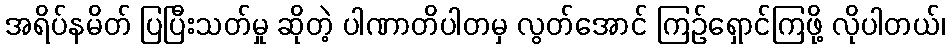
အရိပ်နမိတ် ပြပြီးသတ်မှု ဆိုတဲ့ ပါဏာတိပါတမှ လွတ်အောင် ကြဉ်ရှောင်ကြဖို့ လိုပါတယ်၊